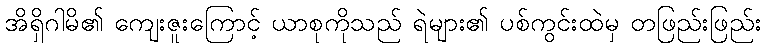
အိရှိဂါမိ၏ ကျေးဇူးကြောင့် ယာစုကိုသည် ရဲများ၏ ပစ်ကွင်းထဲမှ တဖြည်းဖြည်း